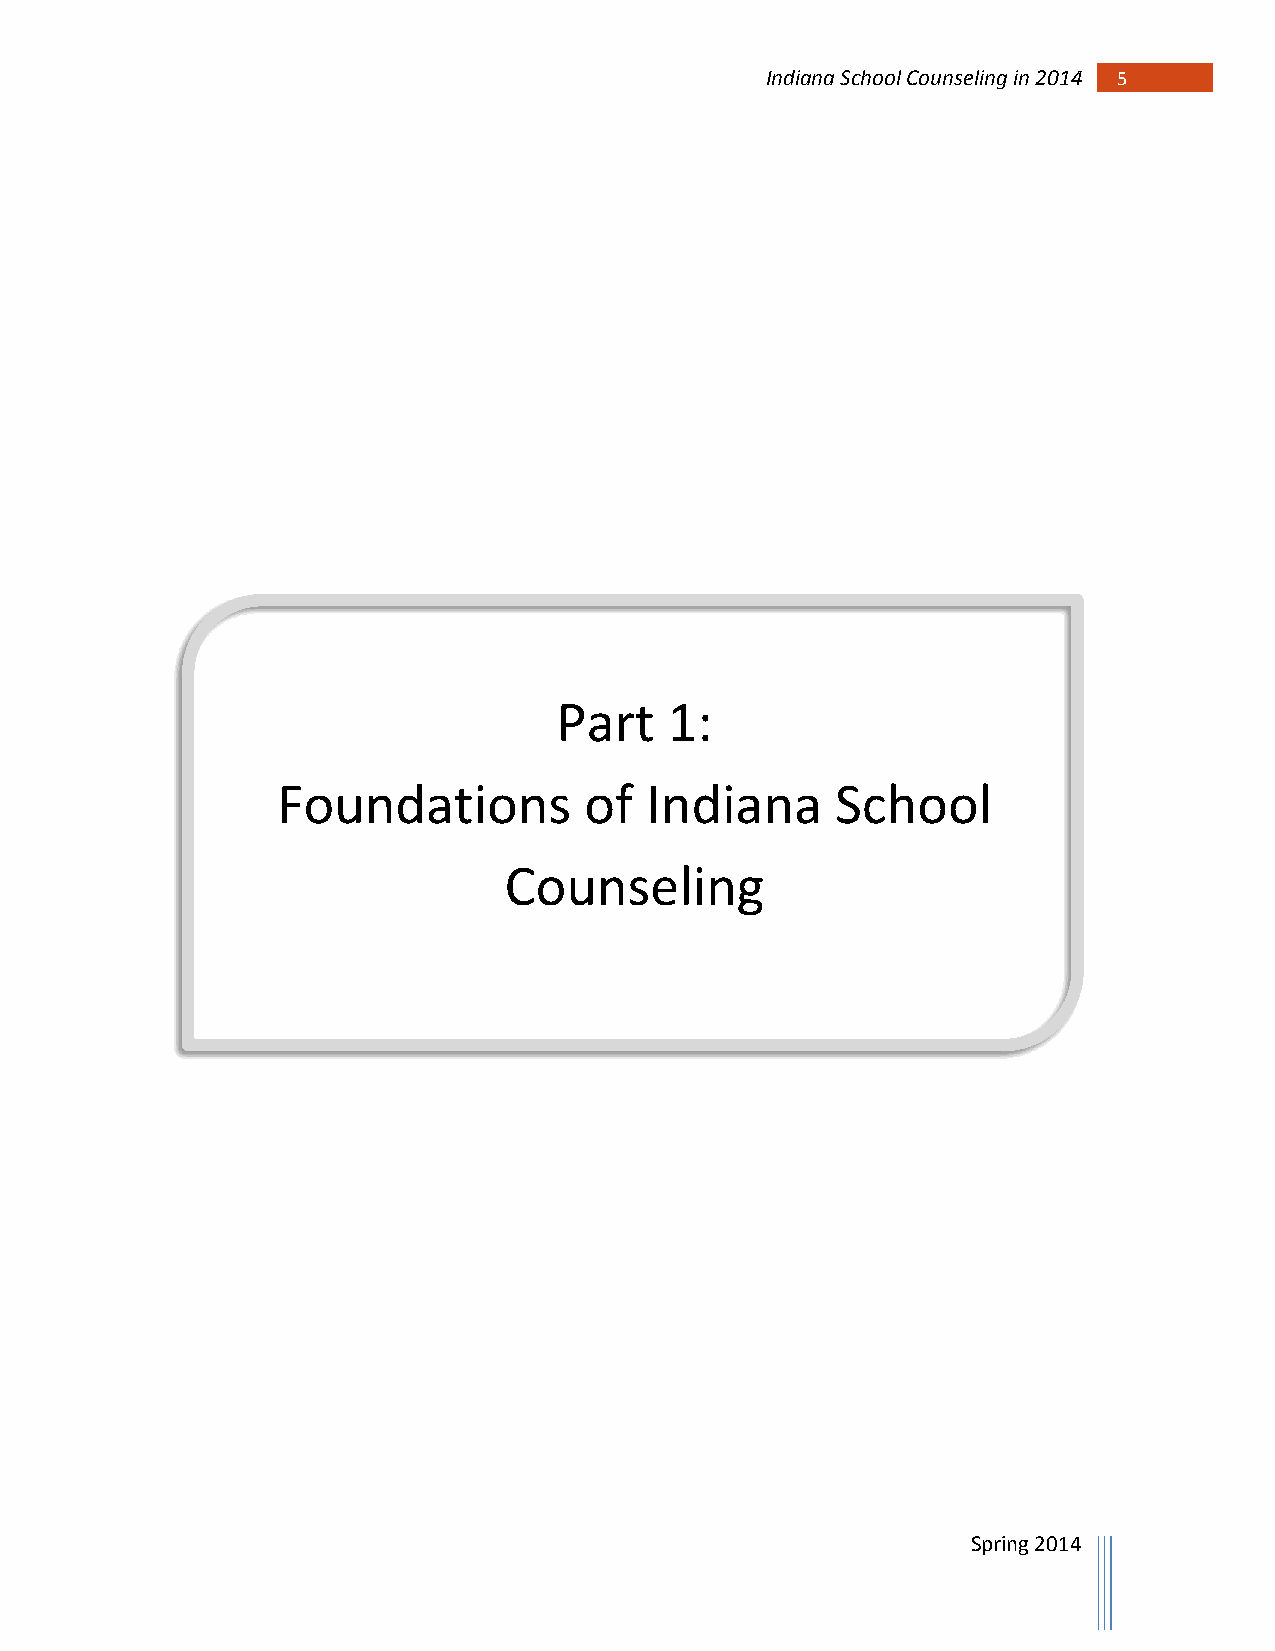
Indiana School Counseling in 2014 5
 Part   1:
 Foundations          of  Indiana     School
 Counseling
 Spring 2014